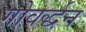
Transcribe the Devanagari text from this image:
गोवर्द्धन